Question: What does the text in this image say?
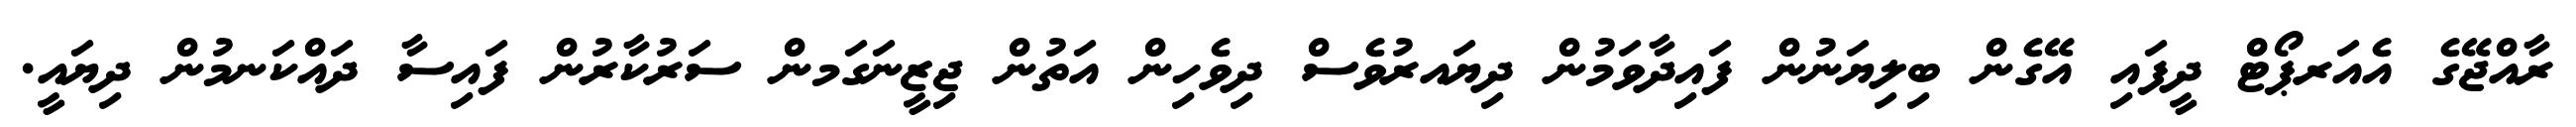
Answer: ރާއްޖޭގެ އެއަރޕޯޓް ދީފައި އޭގެން ބިލިޔަނުން ފައިދާވަމުން ދިޔައރުވެސް ދިވެހިން އަތުން ޖިޒީނަގަމން ސަރުކާރުން ފައިސާ ދައްކަނމުން ދިޔައީ.